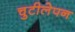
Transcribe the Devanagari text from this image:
चुटीलेपन